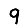
Digit: 9